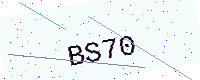
Text: BS70